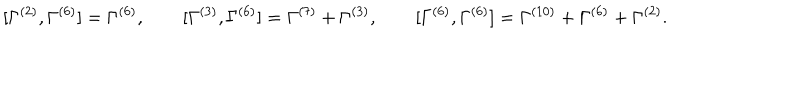
LaTeX: [ \Gamma ^ { ( 2 ) } , \Gamma ^ { ( 6 ) } ] = \Gamma ^ { ( 6 ) } , \qquad [ \Gamma ^ { ( 3 ) } , \Gamma ^ { ( 6 ) } ] = \Gamma ^ { ( 7 ) } + \Gamma ^ { ( 3 ) } , \qquad [ \Gamma ^ { ( 6 ) } , \Gamma ^ { ( 6 ) } ] = \Gamma ^ { ( 1 0 ) } + \Gamma ^ { ( 6 ) } + \Gamma ^ { ( 2 ) } .